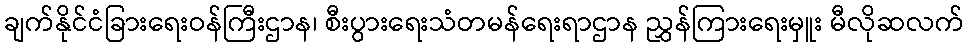
ချက်နိုင်ငံခြားရေးဝန်ကြီးဌာန၊ စီးပွားရေးသံတမန်ရေးရာဌာန ညွှန်ကြားရေးမှူး မီလိုဆလက်